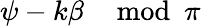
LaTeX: \psi-k\beta\mod\pi